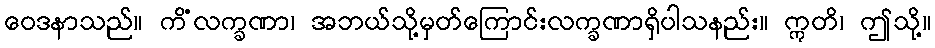
ဝေဒနာသည်။ ကိံလက္ခဏာ၊ အဘယ်သို့မှတ်ကြောင်းလက္ခဏာရှိပါသနည်း။ ဣတိ၊ ဤသို့။